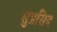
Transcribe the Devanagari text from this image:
सुप्रसिद